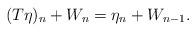
LaTeX: \begin{align*}(T\eta)_n+W_n=\eta_n+W_{n-1}.\end{align*}